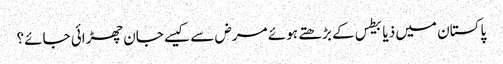
﻿ پاکستان میں ذیابیطس کے بڑھتے ہوئے مرض سے کیسے جان چھڑائی جائے؟